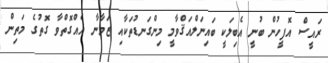
ރައީސް އޮފީހުން ބުނީ އެބިލަކީ ބައިނަލްއަޤްވާމީ މިންގަނޑުތަކާއި ޒަމާނާ އެއްގޮތްވާ ގޮތުގެ މަތިން